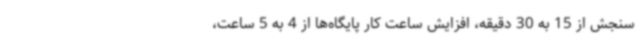
سنجش از 15 به 30 دقیقه، افزایش ساعت کار پایگاه‌ها از 4 به 5 ساعت،